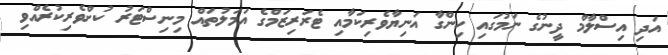
އަދި އިސްލާމް ދީނުގެ ނަމުގައި ހިންގާ އަނިޔާވެރިކަމާއި ޓެރަރިޒަމްގެ އަމަލުތައް މިނިސްޓަރު ކުށްވެރިކުރެއްވި